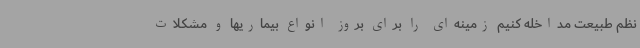
نظم طبیعت مداخله کنیم زمینه‌ای را برای بروز انواع بیماریها و مشکلات